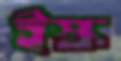
ইস্ক